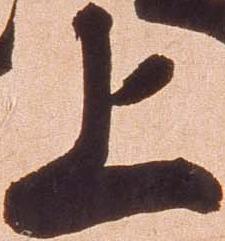
上